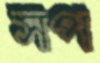
সপ